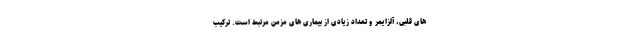
های قلبی، آلزایمر و تعداد زیادی از بیماری های مزمن مرتبط است. ترکیب